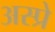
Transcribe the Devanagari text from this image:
अस्प्रे